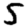
Digit: 5